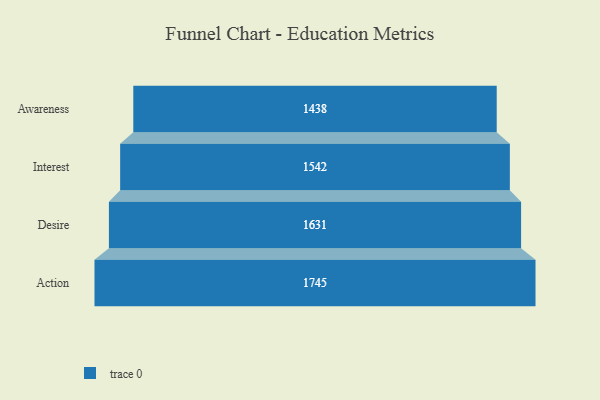
{"axis": {"x": "Stage", "y": "Value"}, "legend": [""], "data": [{"x": "Awareness", "y": 1438.0, "type": ""}, {"x": "Interest", "y": 1542.0, "type": ""}, {"x": "Desire", "y": 1631.0, "type": ""}, {"x": "Action", "y": 1745.0, "type": ""}]}